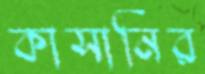
কাসানির